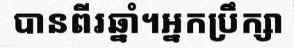
បានពីរឆ្នាំ។អ្នកប្រឹក្សា